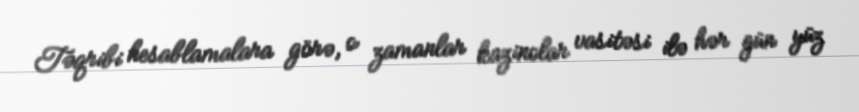
Təqribi hesablamalara görə, o zamanlar kazinolar vasitəsi ilə hər gün yüz